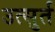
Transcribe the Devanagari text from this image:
उत्सुर्त